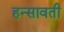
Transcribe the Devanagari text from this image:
हन्सावती